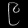
Digit: ၉